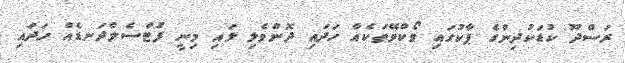
ރަސްދޫ ކުޑަކުދިންގެ ޕާކުގައި ވޯކްވޭތަކެއް ހަދައި ދޮންވެލި ލައި މިނީ ފުޓްސެލްދަނޑެއް ހަދައި